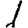
Digit: 1